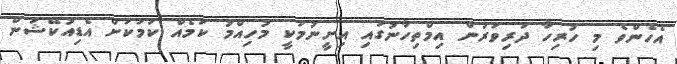
އެހެންވެ މި ހުރިހާ ދަރިވަރުން އިމްތިހާނުގައި އިށީނުމަކީ މުހިއްމު ކަމެއް ކަމަކަށް އެޑިއުކޭޝަން